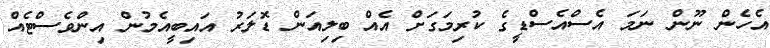
އެހެން ނޫން ނަމަ އެސްއެސްޑީގެ ކުރިމަގަށް އެެއް ބިލިއަން ޑޮލަރު އައިބީއެމުން އިންވެސްޓެއް